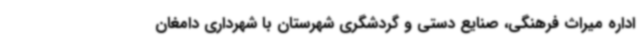
اداره میراث فرهنگی، صنایع دستی و گردشگری شهرستان با شهرداری دامغان